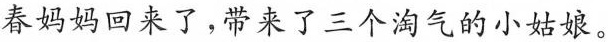
春妈妈回来了，带来了三个淘气的小姑娘。